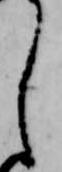
し